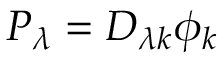
P _ { \lambda } = D _ { \lambda k } \phi _ { k }